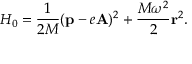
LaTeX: H _ { 0 } = \frac { 1 } { 2 M } ( { \bf p } - e { \bf A } ) ^ { 2 } + \frac { M \omega ^ { 2 } } { 2 } { \bf r } ^ { 2 } .